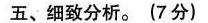
五、细致分析。(7分)